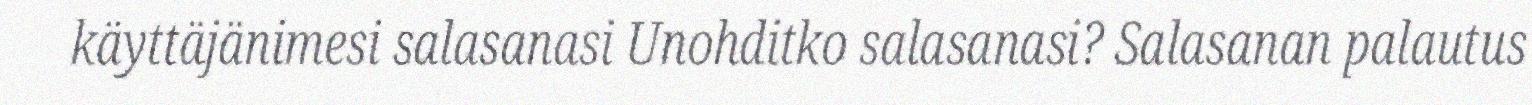
käyttäjänimesi salasanasi Unohditko salasanasi? Salasanan palautus